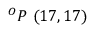
^ { O } P \ ( 1 7 , 1 7 )